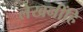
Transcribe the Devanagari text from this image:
लेखनींहि